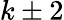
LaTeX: k\pm 2